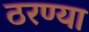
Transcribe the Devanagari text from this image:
ठरण्या